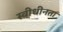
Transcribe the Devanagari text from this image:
स्वीधीनता